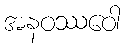
အနဝဿဝေါ